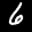
Label: 6